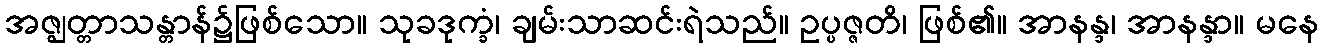
အဇ္ဈတ္တာသန္တာန်၌ဖြစ်သော။ သုခဒုက္ခံ၊ ချမ်းသာဆင်းရဲသည်။ ဥပ္ပဇ္ဇတိ၊ ဖြစ်၏။ အာနန္ဒ၊ အာနန္ဒာ။ မနေ